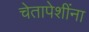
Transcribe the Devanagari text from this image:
चेतापेशींना